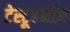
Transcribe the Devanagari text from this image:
टेस्टूडनीज़